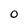
Character: O